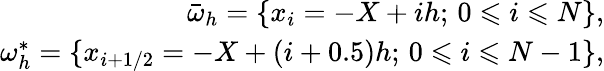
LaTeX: \begin{array}{r}{\bar{\omega}_{h}=\{ x_{i}=-X+ih;\, 0\leqslant i\leqslant N\} ,}\\ {\omega_{h}^{*}=\{ x_{i+1/2}=-X+(i+0.5)h;\, 0\leqslant i\leqslant N-1\} ,}\end{array}